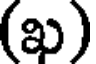
(ఖ)